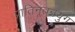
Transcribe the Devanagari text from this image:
प्रातिनूतनयुग